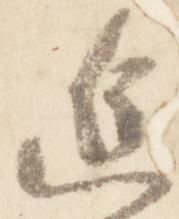
進